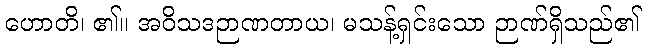
ဟောတိ၊ ၏။ အဝိသဒဉာဏတာယ၊ မသန့်ရှင်းသော ဉာဏ်ရှိသည်၏